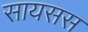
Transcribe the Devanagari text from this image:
सायसस